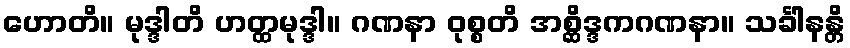
ဟောတိ။ မုဒ္ဒါတိ ဟတ္ထမုဒ္ဒါ။ ဂဏနာ ဝုစ္စတိ အစ္ဆိဒ္ဒကဂဏနာ။ သင်္ခါနန္တိ